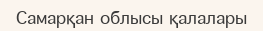
Самарқан облысы қалалары